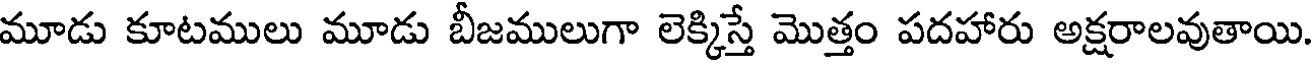
మూడు కూటములు మూడు బీజములుగా లెక్కిస్తే మొత్తం పదహారు అక్షరాలవుతాయి.